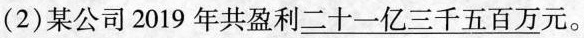
(2) 某公司2019年共盈利 \underline{二十三千五百万} 元。